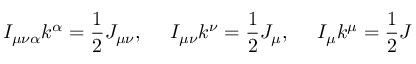
I _ { \mu \nu \alpha } k ^ { \alpha } = \frac { 1 } { 2 } J _ { \mu \nu } , \ \ \ \ I _ { \mu \nu } k ^ { \nu } = \frac { 1 } { 2 } J _ { \mu } , \ \ \ \ I _ { \mu } k ^ { \mu } = \frac { 1 } { 2 } J